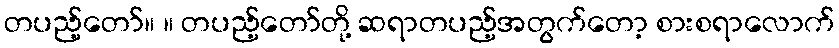
တပည့်တော်။ ။ တပည့်တော်တို့ ဆရာတပည့်အတွက်တော့ စားစရာလောက်